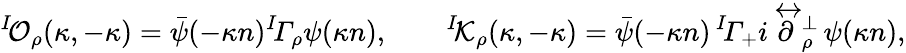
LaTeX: {^I\! {\cal O}_{\rho}}(\kappa,-\kappa)=\bar{\psi}(-\kappa n){^I\! {\mit\Gamma}_{\rho}}\psi(\kappa n),\qquad{^I\! {\cal K}_{\rho}}(\kappa,-\kappa)=\bar{\psi}(-\kappa n)\, {^I\! {\mit\Gamma}_{+}}i\! \stackrel{\leftrightarrow}{\partial}\! \! {}_{\rho}^{\perp}\, \psi(\kappa n),